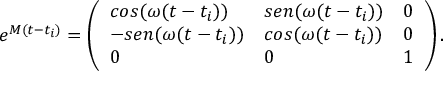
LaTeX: e ^ { M ( t - t _ { i } ) } = \left( \begin{array} { l l l } { { c o s ( \omega { } ( t - t _ { i } ) ) } } & { { s e n ( \omega { } ( t - t _ { i } ) ) } } & { { 0 } } \\ { { - s e n ( \omega { } ( t - t _ { i } ) ) } } & { { c o s ( \omega { } ( t - t _ { i } ) ) } } & { { 0 } } \\ { { 0 } } & { { 0 } } & { { 1 } } \end{array} \right) .